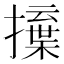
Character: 𢶳